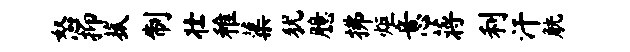
怒抑菰制壮稚蕖犹臆拂炬意蒋利汗觥